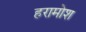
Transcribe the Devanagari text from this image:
हरामोश